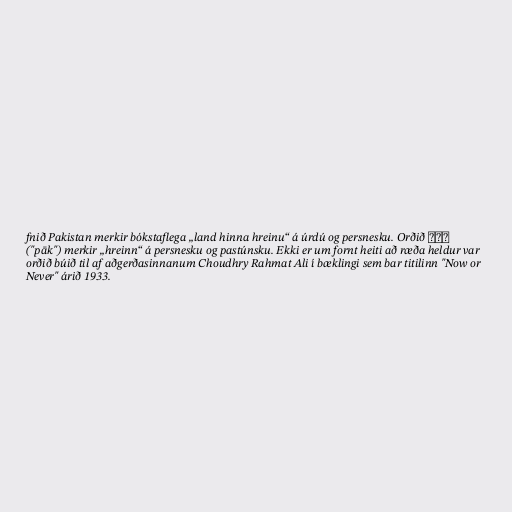
fnið Pakistan merkir bókstaflega „land hinna hreinu“ á úrdú og persnesku. Orðið پاک
("pāk") merkir „hreinn“ á persnesku og pastúnsku. Ekki er um fornt heiti að ræða heldur var
orðið búið til af aðgerðasinnanum Choudhry Rahmat Ali í bæklingi sem bar titilinn "Now or
Never" árið 1933.